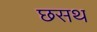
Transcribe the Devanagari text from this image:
छसथ